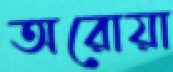
অরোয়া